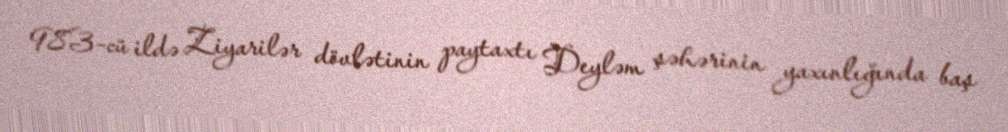
983-cü ildə Ziyarilər dövlətinin paytaxtı Deyləm şəhərinin yaxınlığında baş